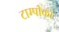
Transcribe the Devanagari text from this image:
टाम्पीको